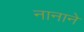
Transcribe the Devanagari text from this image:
नानाने